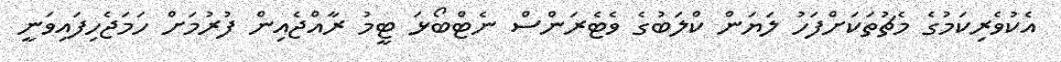
އެކުވެރިކަމުގެ މެޗުތަކަށްފަހު ލަޔަން ކްލަބުގެ ވެޓެރަންސް ނެޓްބޯޅަ ޓީމު ރާއްޖެއިން ފުރުމަށް ހަމަޖެހިފައިވަނީ